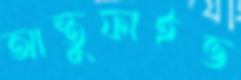
আন্তুফাইভ